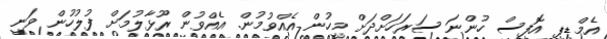
އެމްޑީޕީ އޮފީސް ހުންނަ ސަރަހަށްދަށް މީހުން އެއްވުމުން. އެއްވުން ރޫޅާލުމަށް ފުލުހުން ވަނީ